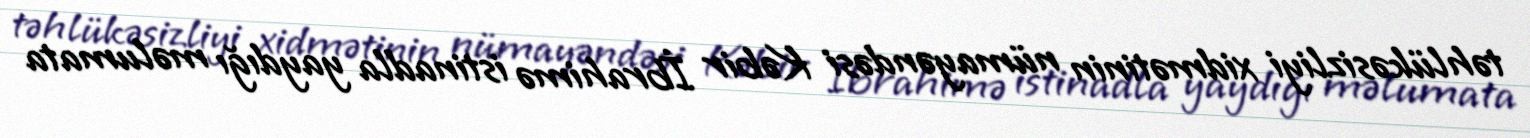
təhlükəsizliyi xidmətinin nümayəndəsi Kəbir İbrahimə istinadla yaydığı məlumata